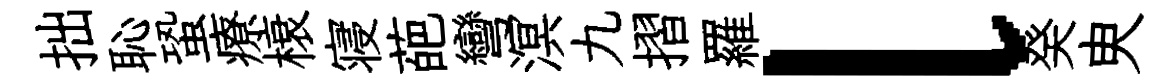
拙恥蛩療榱寝葩彎溟九摺羅l癸㬰